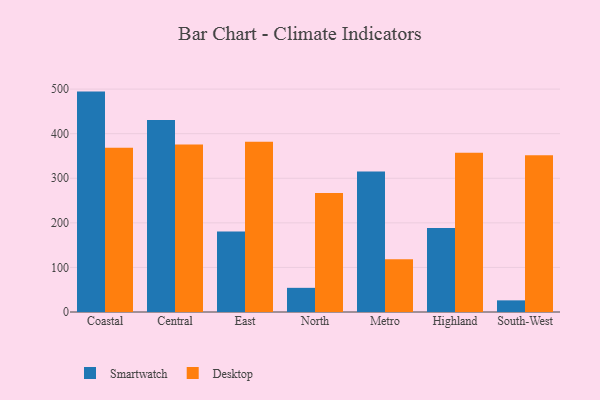
{"axis": {"x": "Region", "y": "Operating Costs (USD K)"}, "legend": ["Desktop", "Smartwatch"], "data": [{"x": "Coastal", "y": 494.4, "type": "Smartwatch"}, {"x": "Coastal", "y": 368.3, "type": "Desktop"}, {"x": "Central", "y": 430.9, "type": "Smartwatch"}, {"x": "Central", "y": 375.6, "type": "Desktop"}, {"x": "East", "y": 180.6, "type": "Smartwatch"}, {"x": "East", "y": 382.1, "type": "Desktop"}, {"x": "North", "y": 54.2, "type": "Smartwatch"}, {"x": "North", "y": 267.1, "type": "Desktop"}, {"x": "Metro", "y": 315.4, "type": "Smartwatch"}, {"x": "Metro", "y": 118.6, "type": "Desktop"}, {"x": "Highland", "y": 188.2, "type": "Smartwatch"}, {"x": "Highland", "y": 357.1, "type": "Desktop"}, {"x": "South-West", "y": 26.1, "type": "Smartwatch"}, {"x": "South-West", "y": 351.6, "type": "Desktop"}]}